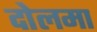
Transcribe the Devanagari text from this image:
दोलमा